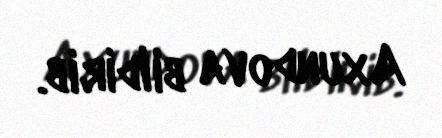
Axundova bildirib.